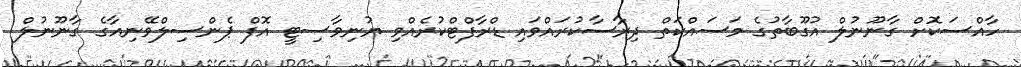
ހާއްސަކޮށް ގާނޫނުލް އުގޫބާތުގެ މަސައްކަތް ދިރާސާކުރައްވައި ޑްރާފްޓްކުރެއްވި ޔުނިވާސިޓީ އޮފް ޕެންސިލްވޭނިއާގެ ގާނޫނުލް